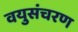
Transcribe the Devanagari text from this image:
वयुसंचरण